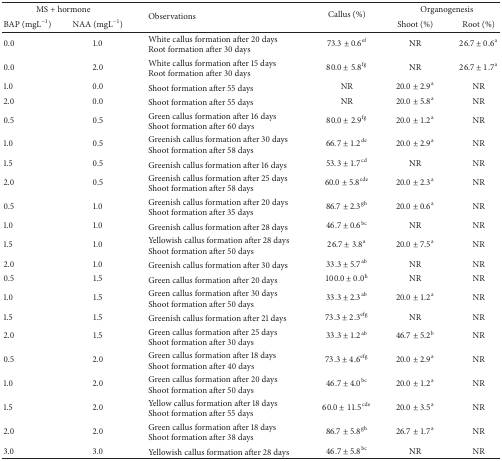
<table><thead><tr><td colspan="2"><b>MS + hormone</b></td><td rowspan="2"><b>Observations</b></td><td rowspan="2"><b>Callus (%)</b></td><td colspan="2"><b>Organogenesis</b></td></tr><tr><td><b>BAP (mgL<sup>−1</sup>)</b></td><td><b>NAA (mgL<sup>−1</sup>)</b></td><td><b>Shoot (%)</b></td><td><b>Root (%)</b></td></tr></thead><tbody><tr><td>0.0</td><td>1.0</td><td>White callus formation after 20 daysRoot formation after 30 days</td><td>73.3 ± 0.6<sup>ef</sup></td><td>NR</td><td>26.7 ± 0.6<sup>a</sup></td></tr><tr><td>0.0</td><td>2.0</td><td>White callus formation after 15 daysRoot formation after 30 days</td><td>80.0 ± 5.8<sup>fg</sup></td><td>NR</td><td>26.7 ± 1.7<sup>a</sup></td></tr><tr><td>1.0</td><td>0.0</td><td>Shoot formation after 55 days</td><td>NR</td><td>20.0 ± 2.9<sup>a</sup></td><td>NR</td></tr><tr><td>2.0</td><td>0.0</td><td>Shoot formation after 55 days</td><td>NR</td><td>20.0 ± 5.8<sup>a</sup></td><td>NR</td></tr><tr><td>0.5</td><td>0.5</td><td>Green callus formation after 16 daysShoot formation after 60 days</td><td>80.0 ± 2.9<sup>fg</sup></td><td>20.0 ± 1.2<sup>a</sup></td><td>NR</td></tr><tr><td>1.0</td><td>0.5</td><td>Greenish callus formation after 30 daysShoot formation after 58 days</td><td>66.7 ± 1.2<sup>de</sup></td><td>20.0 ± 2.9<sup>a</sup></td><td>NR</td></tr><tr><td>1.5</td><td>0.5</td><td>Greenish callus formation after 16 days</td><td>53.3 ± 1.7<sup>cd</sup></td><td>NR</td><td>NR</td></tr><tr><td>2.0</td><td>0.5</td><td>Greenish callus formation after 25 daysShoot formation after 58 days</td><td>60.0 ± 5.8<sup>cde</sup></td><td>20.0 ± 2.3<sup>a</sup></td><td>NR</td></tr><tr><td>0.5</td><td>1.0</td><td>Greenish callus formation after 20 daysShoot formation after 35 days</td><td>86.7 ± 2.3<sup>gh</sup></td><td>20.0 ± 0.6<sup>a</sup></td><td>NR</td></tr><tr><td>1.0</td><td>1.0</td><td>Greenish callus formation after 28 days</td><td>46.7 ± 0.6<sup>bc</sup></td><td>NR</td><td>NR</td></tr><tr><td>1.5</td><td>1.0</td><td>Yellowish callus formation after 28 daysShoot formation after 50 days</td><td>26.7 ± 3.8<sup>a</sup></td><td>20.0 ± 7.5<sup>a</sup></td><td>NR</td></tr><tr><td>2.0</td><td>1.0</td><td>Greenish callus formation after 30 days</td><td>33.3 ± 5.7<sup>ab</sup></td><td>NR</td><td>NR</td></tr><tr><td>0.5</td><td>1.5</td><td>Green callus formation after 20 days</td><td>100.0 ± 0.0<sup>h</sup></td><td>NR</td><td>NR</td></tr><tr><td>1.0</td><td>1.5</td><td>Green callus formation after 30 daysShoot formation after 50 days</td><td>33.3 ± 2.3<sup>ab</sup></td><td>20.0 ± 1.2<sup>a</sup></td><td>NR</td></tr><tr><td>1.5</td><td>1.5</td><td>Greenish callus formation after 21 days</td><td>73.3 ± 2.3<sup>efg</sup></td><td>NR</td><td>NR</td></tr><tr><td>2.0</td><td>1.5</td><td>Green callus formation after 25 daysShoot formation after 30 days</td><td>33.3 ± 1.2<sup>ab</sup></td><td>46.7 ± 5.2<sup>b</sup></td><td>NR</td></tr><tr><td>0.5</td><td>2.0</td><td>Green callus formation after 18 daysShoot formation after 40 days</td><td>73.3 ± 4.6<sup>efg</sup></td><td>20.0 ± 2.9<sup>a</sup></td><td>NR</td></tr><tr><td>1.0</td><td>2.0</td><td>Green callus formation after 20 daysShoot formation after 50 days</td><td>46.7 ± 4.0<sup>bc</sup></td><td>20.0 ± 1.2<sup>a</sup></td><td>NR</td></tr><tr><td>1.5</td><td>2.0</td><td>Yellow callus formation after 18 daysShoot formation after 55 days</td><td>60.0 ± 11.5<sup>cde</sup></td><td>20.0 ± 3.5<sup>a</sup></td><td>NR</td></tr><tr><td>2.0</td><td>2.0</td><td>Green callus formation after 18 daysShoot formation after 38 days</td><td>86.7 ± 5.8<sup>gh</sup></td><td>26.7 ± 1.7<sup>a</sup></td><td>NR</td></tr><tr><td>3.0</td><td>3.0</td><td>Yellowish callus formation after 28 days</td><td>46.7 ± 5.8<sup>bc</sup></td><td>NR</td><td>NR</td></tr></tbody></table>